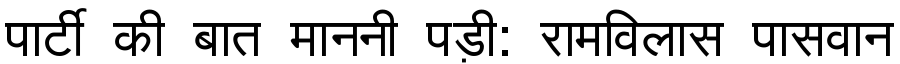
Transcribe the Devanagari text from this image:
पार्टी की बात माननी पड़ी: रामविलास पासवान